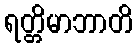
ရတ္တိမာဘာတိ